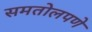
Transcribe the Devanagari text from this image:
समतोलपणे